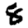
Digit: 8